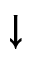
\downarrow